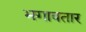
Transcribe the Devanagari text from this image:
भगावतार